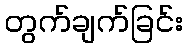
တွက်ချက်ခြင်း